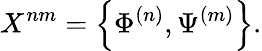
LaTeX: X^{nm}=\left\{ \Phi^{(n)},\Psi^{(m)}\right\} .